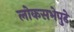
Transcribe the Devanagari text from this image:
लोकसभेपुढे